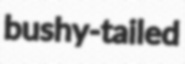
bushy-tailed